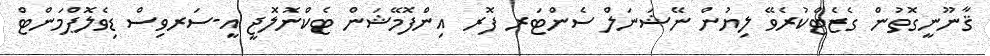
ޤާނޫނީގޮތުން ގެޒެޓްކުރެވޭ ލިޔުން ނޭޝަނަލް ސެންޓަރ ފޮރ އިންފޮމޭޝަން ޓެކްނޮލޮޖީ އީ-ސަރވިސް ޑިވެލޮޕްމަންޓް